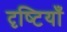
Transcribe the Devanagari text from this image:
दृष्‍टियाँ